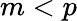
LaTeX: m<p